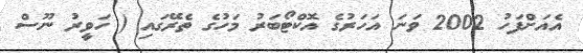
އެއަށްފަހު 2002 ވަނަ އަހަރުގެ އޮކްޓޯބަރު މަހުގެ ތެރޭގައި ( ހަވީރު ނޫސް